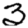
Digit: 3